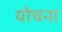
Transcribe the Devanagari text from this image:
योचना